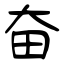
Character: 奋